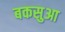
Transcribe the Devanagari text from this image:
बकसुआ